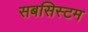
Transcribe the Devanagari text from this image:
सबसिस्टम